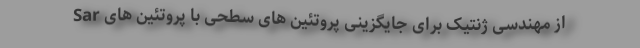
از مهندسی ژنتیک برای جایگزینی پروتئین های سطحی با پروتئین های Sar